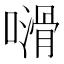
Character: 𠿭